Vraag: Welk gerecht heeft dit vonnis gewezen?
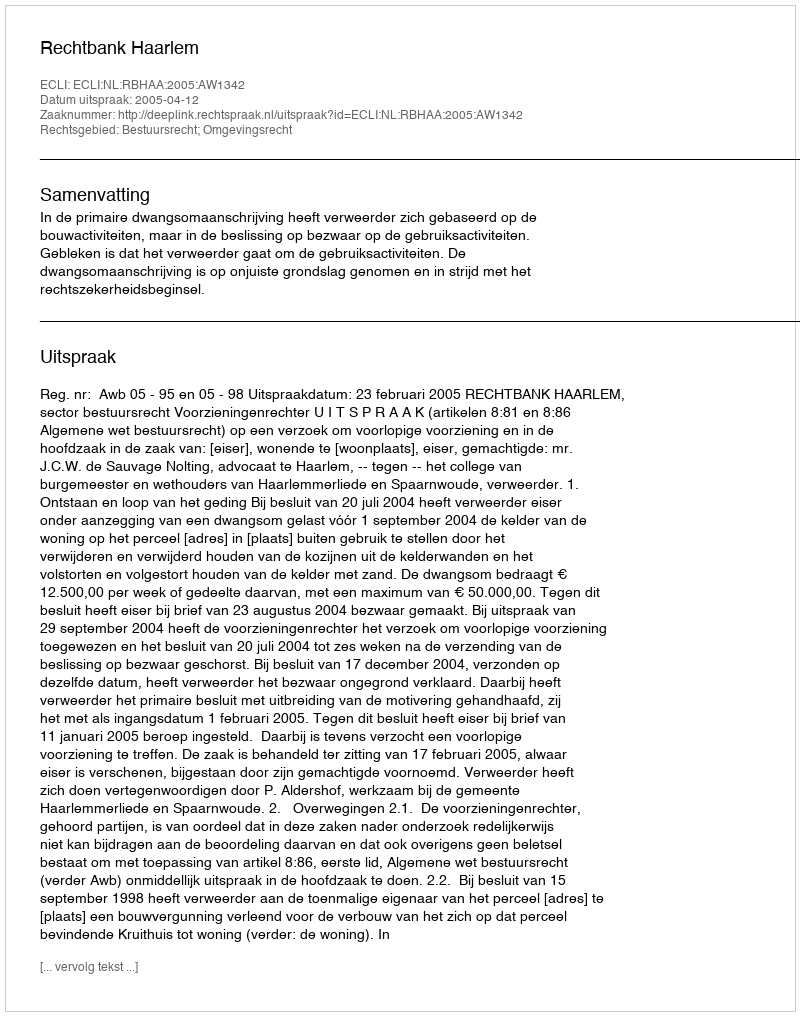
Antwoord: Rechtbank Haarlem